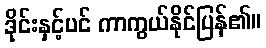
ဒိုင်းနှင့်ပင် ကာကွယ်နိုင်ပြန်၏။